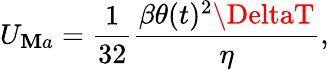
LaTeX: U_{\mathbf{M}a}=\frac{{1}}{{32}}\frac{{\beta\theta(t)^{2}\DeltaT}}{{\eta}},